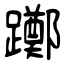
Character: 躑